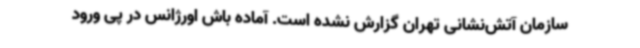
سازمان آتش‌نشانی تهران گزارش نشده است. آماده باش اورژانس در پی ورود